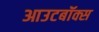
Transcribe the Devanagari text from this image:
आउटबॉक्स